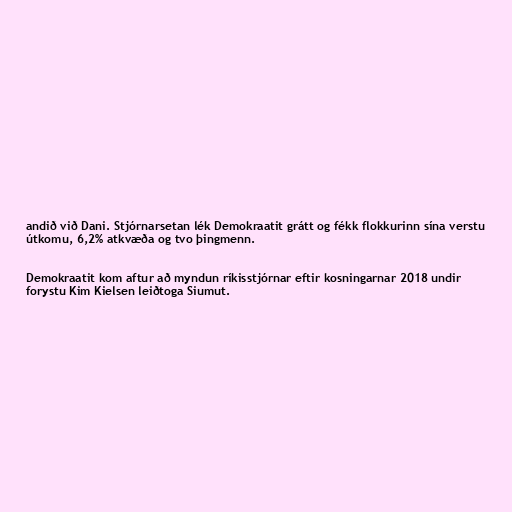
andið við Dani. Stjórnarsetan lék Demokraatit grátt og fékk flokkurinn sína verstu
útkomu, 6,2% atkvæða og tvo þingmenn.

Demokraatit kom aftur að myndun ríkisstjórnar eftir kosningarnar 2018 undir
forystu Kim Kielsen leiðtoga Siumut.